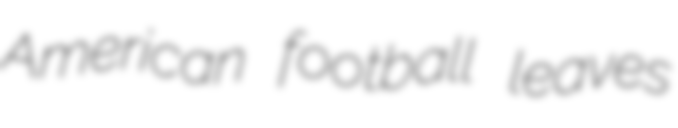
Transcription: American football leaves